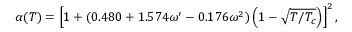
\alpha ( T ) = \left[ 1 + ( 0 . 4 8 0 + 1 . 5 7 4 \omega ^ { \prime } - 0 . 1 7 6 \omega ^ { 2 } ) \left( 1 - \sqrt { T / T _ { c } } \right) \right] ^ { 2 } ,